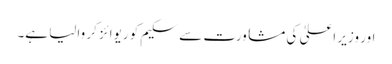
اور وزیر اعلیٰ کی مشاورت سے سکیم کو ریوائز کر والیا ہے۔